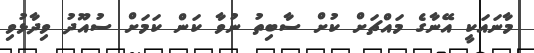
މާނައަކީ އޭނާގެ މައްޗަށް ކުށް ސާބިތު ނުވާ ކަން ކަމަށް ސުއޫދު ވިދާޅުވި